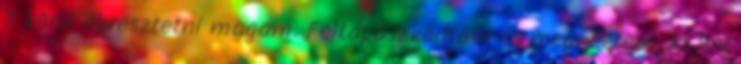
7 körül ébresztetni magam. Feltápászkodtam és megnéztem, ki hív